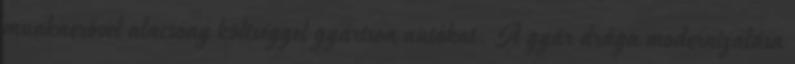
munkaerővel alacsony költséggel gyártson autókat. A gyár drága modernizálása